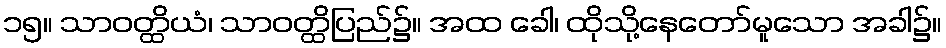
၁၅။ သာဝတ္ထိယံ၊ သာဝတ္ထိပြည်၌။ အထ ခေါ၊ ထိုသို့နေတော်မူသော အခါ၌။